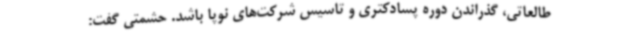
طالعاتی، گذراندن دوره پسادکتری و تاسیس شرکت‌های نوپا باشد. حشمتی گفت: